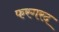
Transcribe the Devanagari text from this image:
फरगरद